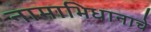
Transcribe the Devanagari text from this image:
नामाभिधानाचे